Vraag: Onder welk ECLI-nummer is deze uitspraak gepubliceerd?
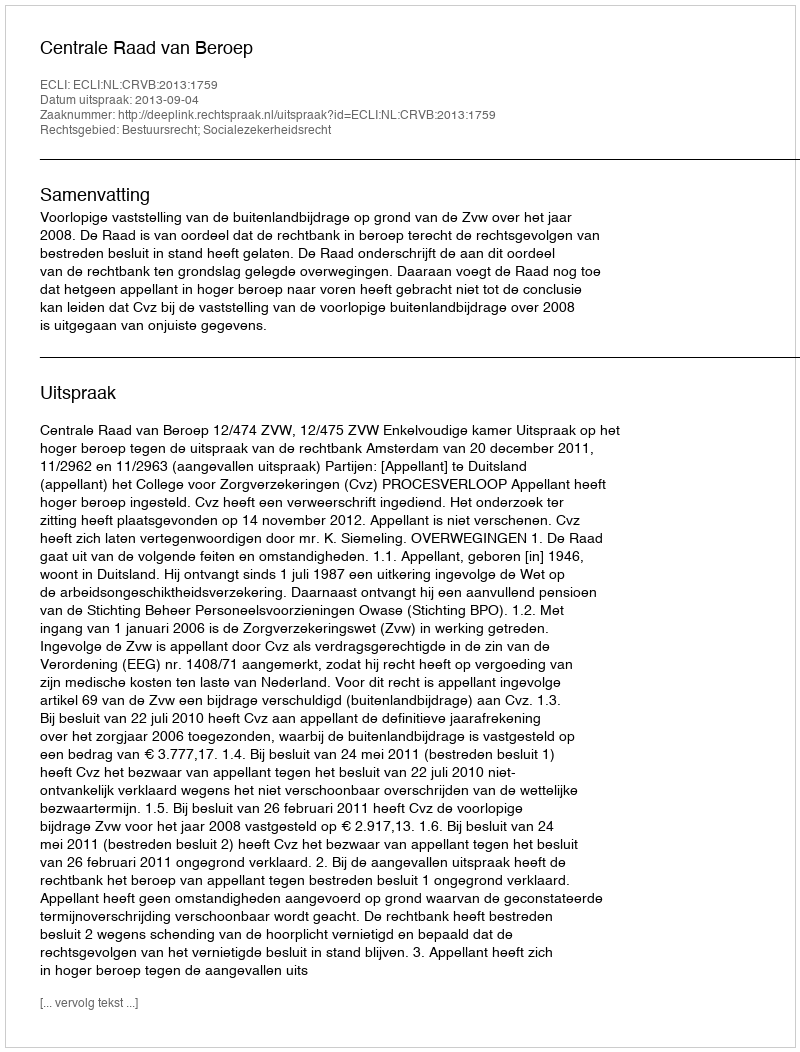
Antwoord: ECLI:NL:CRVB:2013:1759